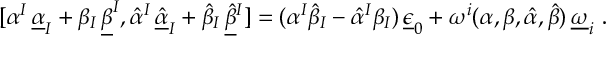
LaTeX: [ \alpha ^ { I } \, \underline { { { \alpha } } } _ { I } + \beta _ { I } \, \underline { { { \beta } } } ^ { I } , \hat { \alpha } ^ { I } \, \underline { { { \hat { \alpha } } } } _ { I } + \hat { \beta } _ { I } \, \underline { { { \hat { \beta } } } } { } ^ { I } ] = ( \alpha ^ { I } \hat { \beta } _ { I } - \hat { \alpha } ^ { I } \beta _ { I } ) \, \underline { { { \epsilon } } } _ { 0 } + \omega ^ { i } ( \alpha , \beta , \hat { \alpha } , \hat { \beta } ) \, \underline { { { \omega } } } _ { i } \ .